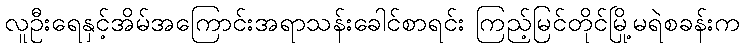
လူဦးရေနှင့်အိမ်အကြောင်းအရာသန်းခေါင်စာရင်း ကြည့်မြင်တိုင်မြို့မရဲစခန်းက